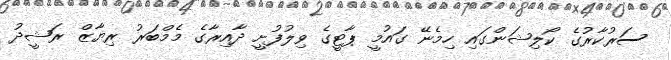
ސަރުކާރުގެ ކޯލިޝަންގައި ހިމެނޭ ގައުމީ ޕާޓީގެ ވިލުފުށީ ދާއިރާގެ މެމްބަރު ރިޔާޒް ރަޝީދު